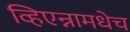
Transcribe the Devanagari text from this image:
व्हिएन्नामधेच